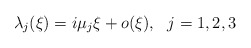
\begin{align*}\lambda_j(\xi)=i\mu_j\xi+o(\xi),~~j=1,2,3\end{align*}